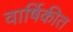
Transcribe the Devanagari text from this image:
वार्षिकीत